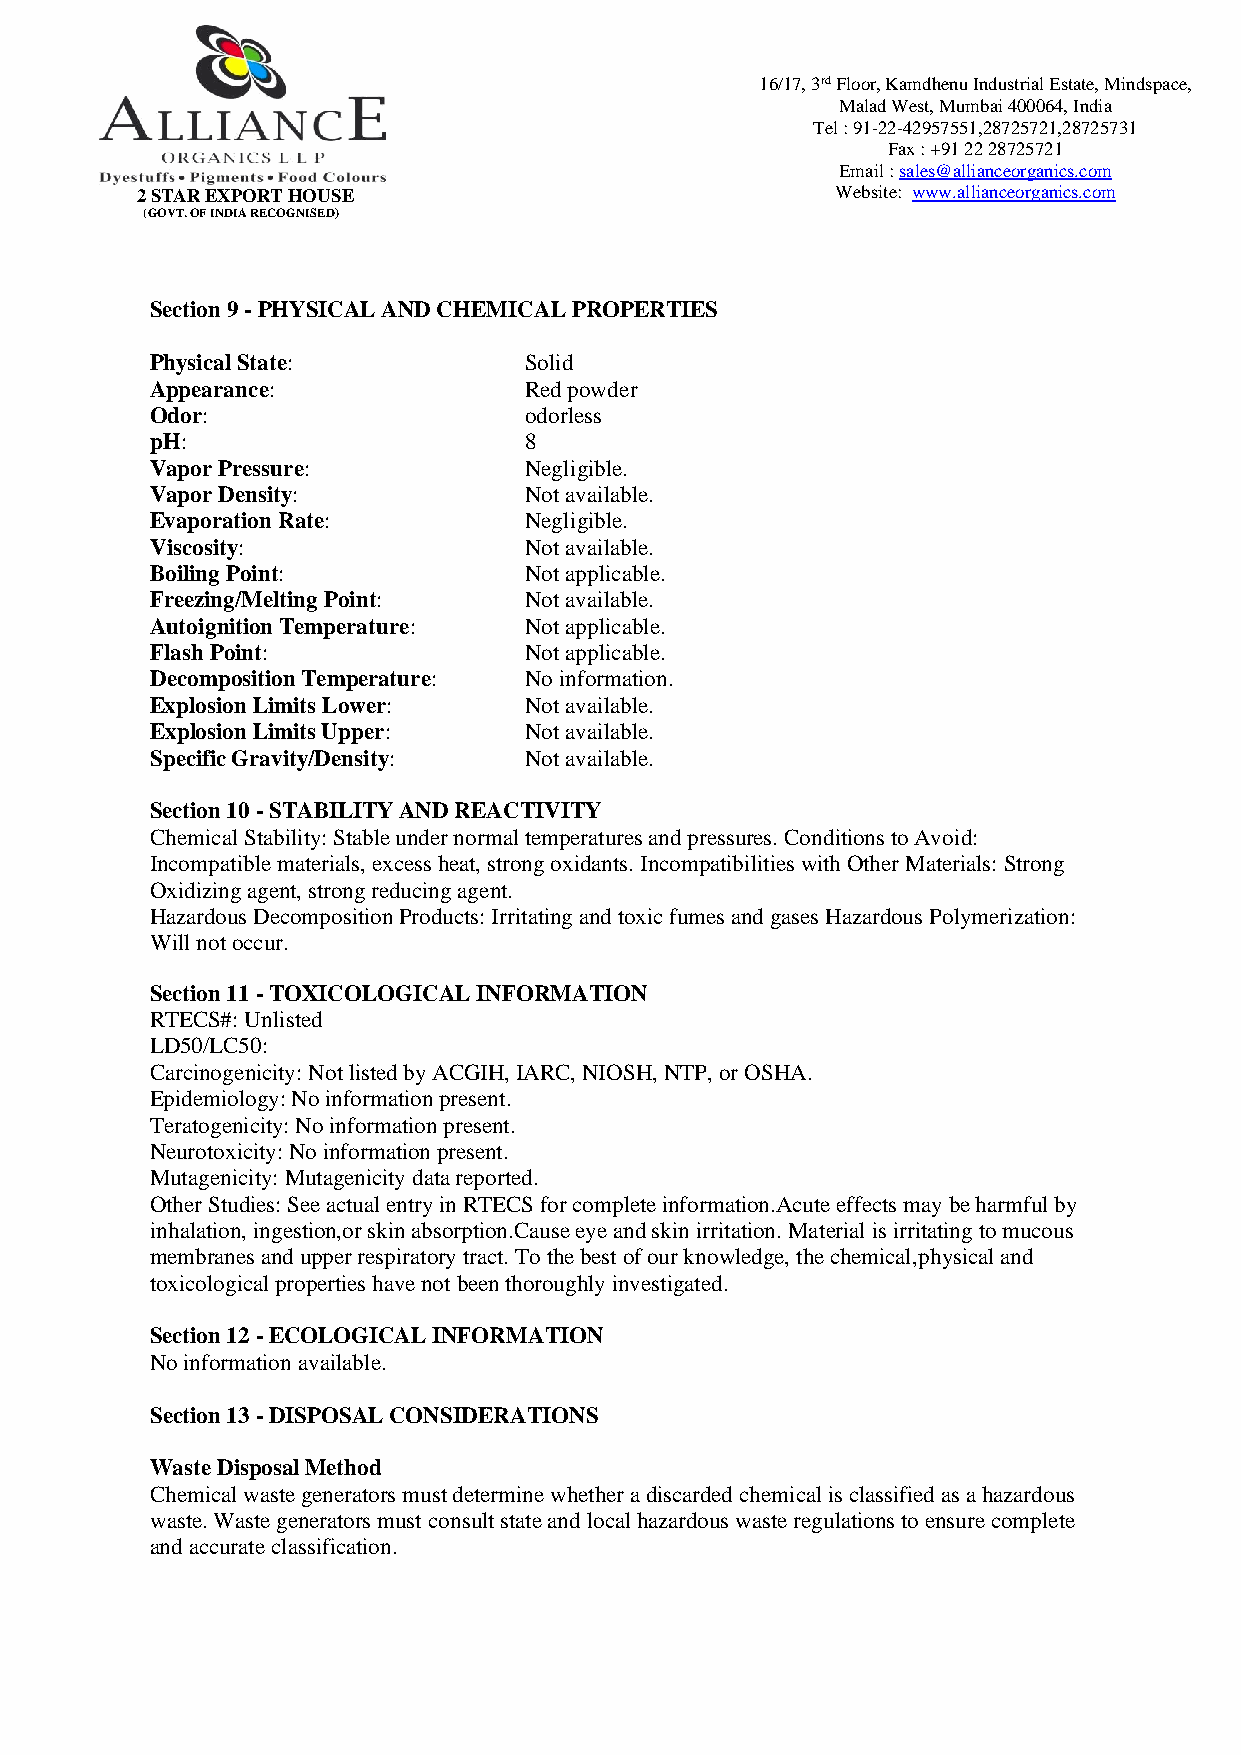
16/17, 3rd Floor, Kamdhenu Industrial Estate, Mindspace,
 Malad West, Mumbai 400064, India
 Tel : 91-22-42957551,28725721,28725731
 Fax : +91 22 28725721
 Email : sales@allianceorganics.com
 2 STAR EXPORT HOUSE                           Website: www.allianceorganics.com
 (GOVT. OF INDIA RECOGNISED)
 Section 9 - PHYSICAL AND CHEMICAL PROPERTIES
 Physical State:          Solid
 Appearance:              Red powder
 Odor:                    odorless
 pH:                      8
 Vapor Pressure:          Negligible.
 Vapor Density:           Not available.
 Evaporation Rate:        Negligible.
 Viscosity:               Not available.
 Boiling Point:           Not applicable.
 Freezing/Melting Point:  Not available.
 Autoignition Temperature: Not applicable.
 Flash Point:             Not applicable.
 Decomposition Temperature: No information.
 Explosion Limits Lower:  Not available.
 Explosion Limits Upper:  Not available.
 Specific Gravity/Density: Not available.
 Section 10 - STABILITY AND REACTIVITY
 Chemical Stability: Stable under normal temperatures and pressures. Conditions to Avoid:
 Incompatible materials, excess heat, strong oxidants. Incompatibilities with Other Materials: Strong
 Oxidizing agent, strong reducing agent.
 Hazardous Decomposition Products: Irritating and toxic fumes and gases Hazardous Polymerization:
 Will not occur.
 Section 11 - TOXICOLOGICAL INFORMATION
 RTECS#: Unlisted
 LD50/LC50:
 Carcinogenicity: Not listed by ACGIH, IARC, NIOSH, NTP, or OSHA.
 Epidemiology: No information present.
 Teratogenicity: No information present.
 Neurotoxicity: No information present.
 Mutagenicity: Mutagenicity data reported.
 Other Studies: See actual entry in RTECS for complete information.Acute effects may be harmful by
 inhalation, ingestion,or skin absorption.Cause eye and skin irritation. Material is irritating to mucous
 membranes and upper respiratory tract. To the best of our knowledge, the chemical,physical and
 toxicological properties have not been thoroughly investigated.
 Section 12 - ECOLOGICAL INFORMATION
 No information available.
 Section 13 - DISPOSAL CONSIDERATIONS
 Waste Disposal Method
 Chemical waste generators must determine whether a discarded chemical is classified as a hazardous
 waste. Waste generators must consult state and local hazardous waste regulations to ensure complete
 and accurate classification.